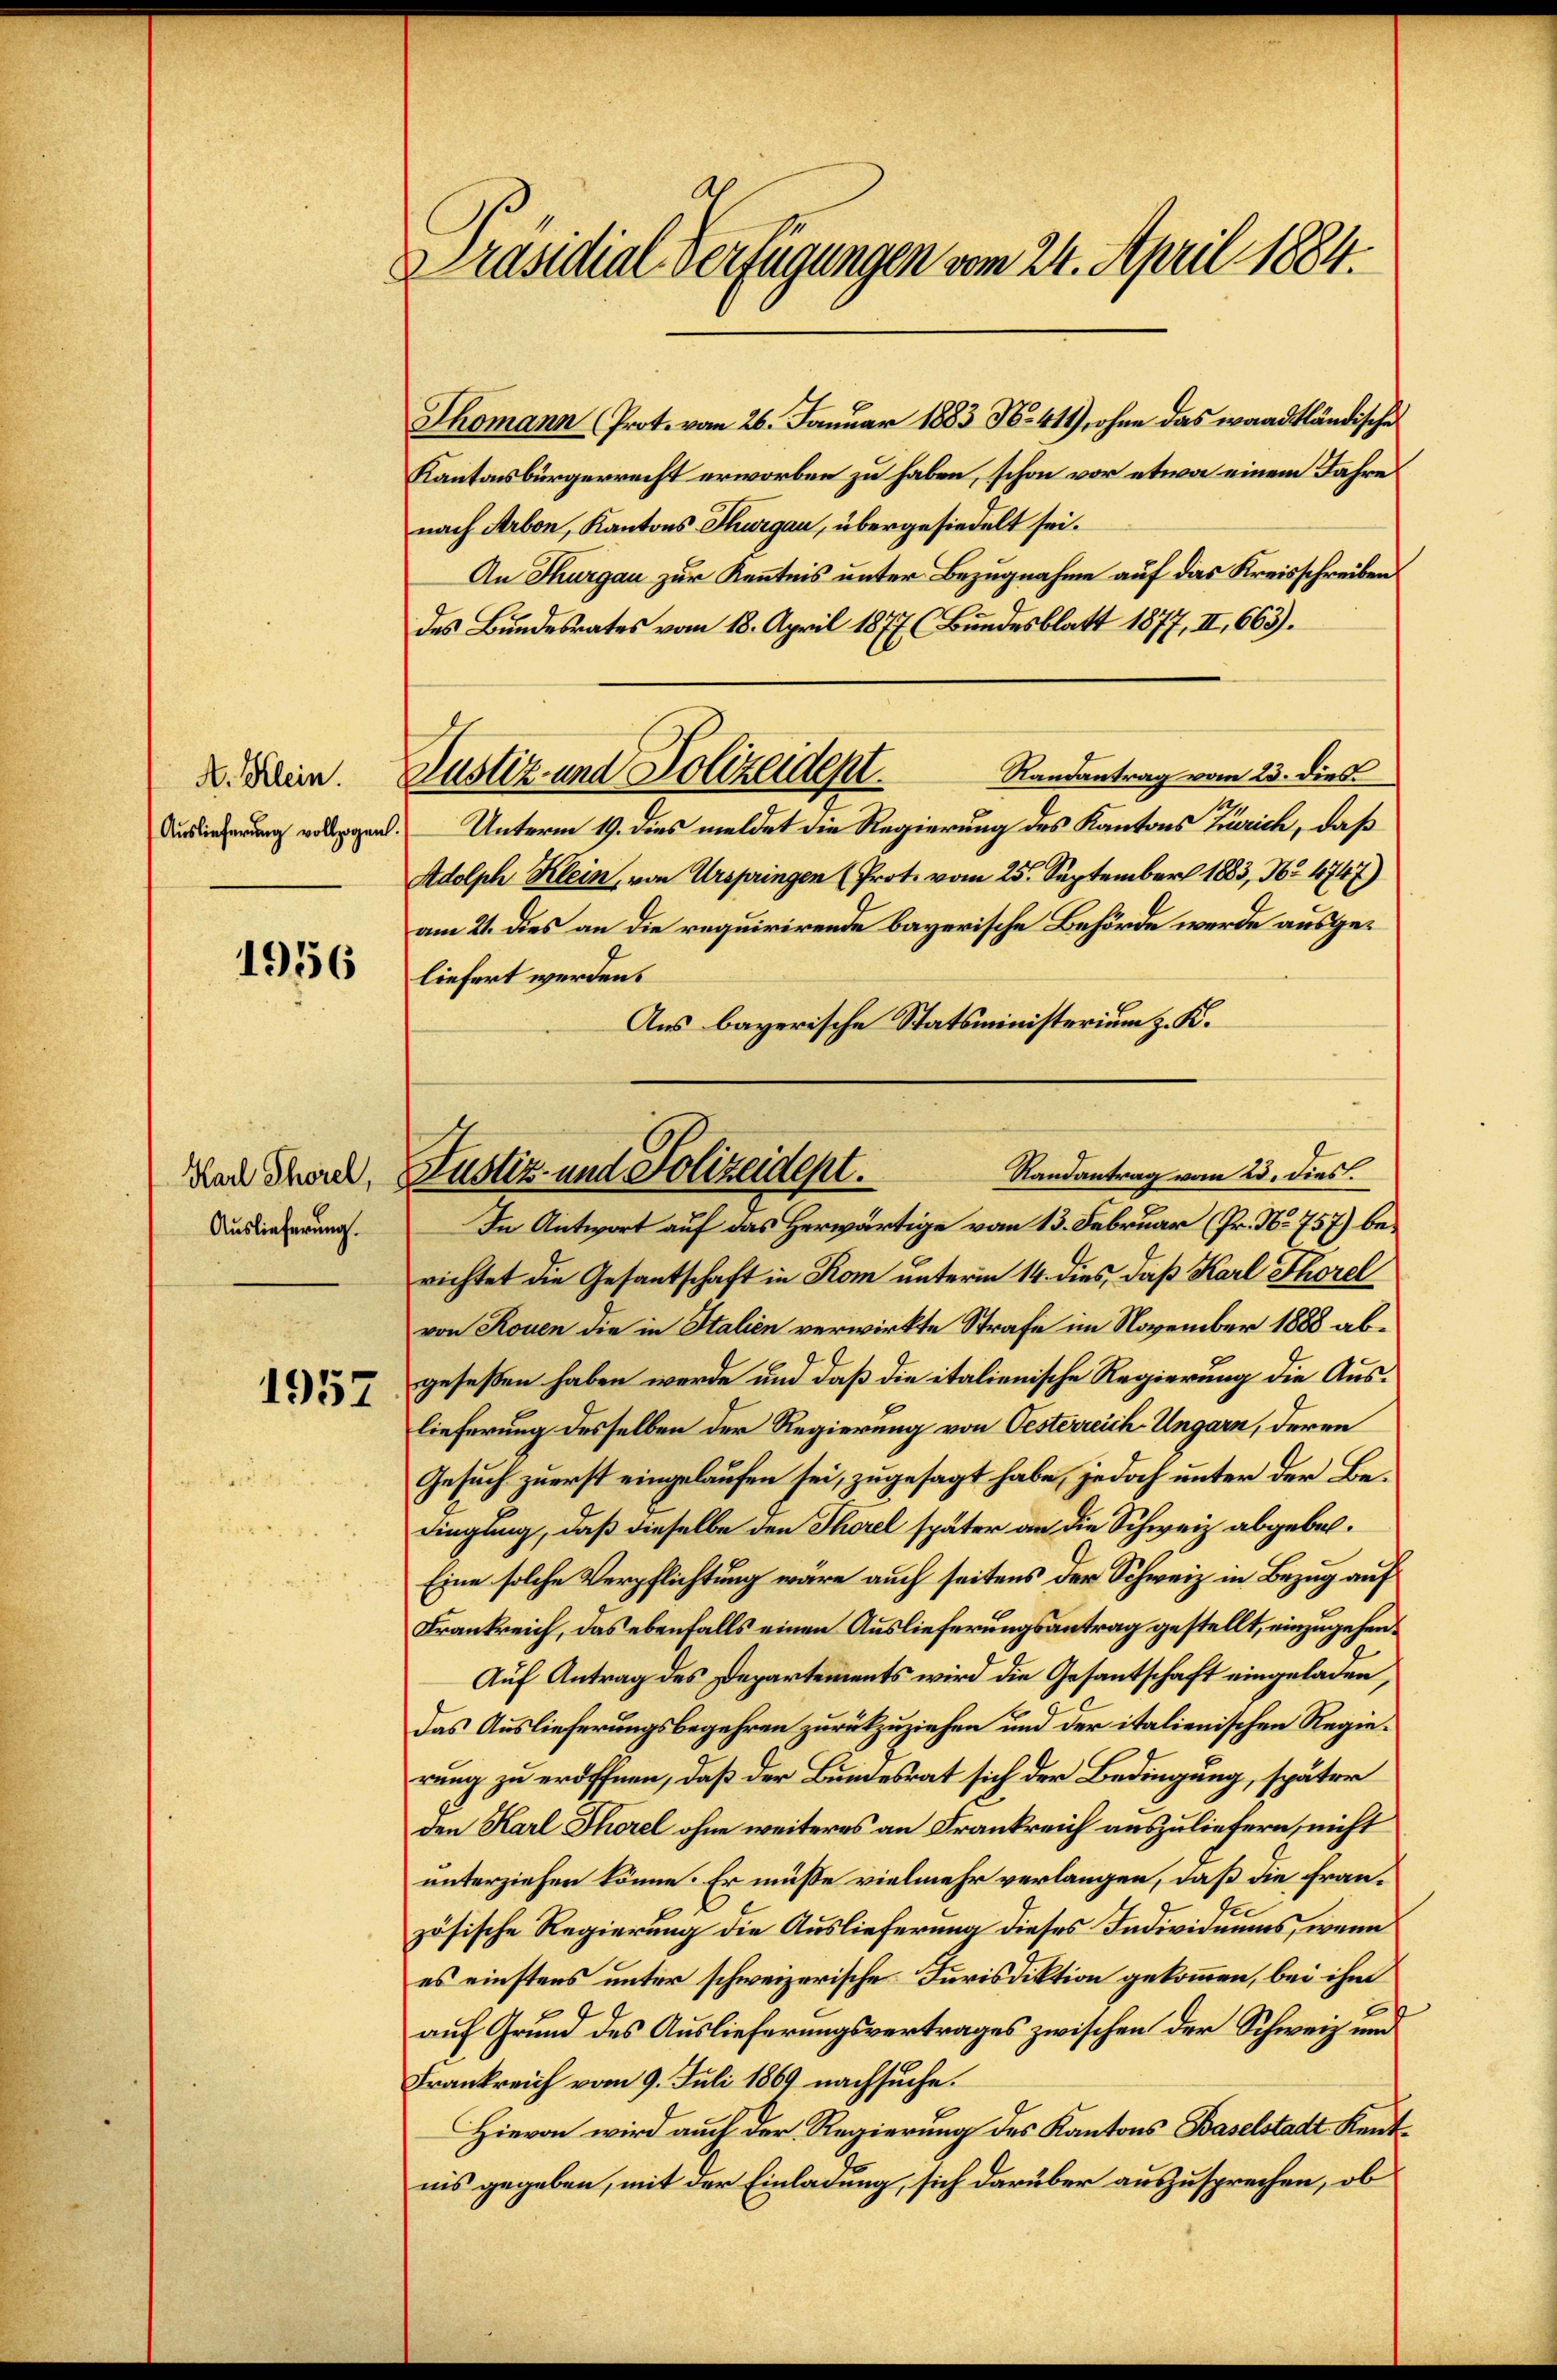
A. Klein.
Auslieferung vollzogen

1956

Karl Thorel,
Auslieferung.

1957

Präsidial-Verfügungen vom 24. April 1884.

Justiz und Polizeidept.

Thomann (Prot. vom 26. Januar 1883 No 419, ohne das waadtländische
Kantonsbürgerrecht erworben zu haben, schon vor etwa einem Jahre
nach Arbon, Kantons Thurgau, übergesiedelt sei.
An Thurgau zur Kenntnis unter Bezugnahme auf das Kreisschreiben
des Bundesrates vom 18. April 1877 (Bundesblatt 1877, II, 663).
Randantrag vom 23. dies
Unterm 19. dies meldet die Regierung des Kantons Zürich, daß
Adolph Klein, von Urspringen (Prot. vom 25. September 1883, No 4747)
am 21. dies an die requirirende bayerische Behörde werde ausgeliefert werden.
Aus bayerische Statsministerium z. K.
In Antwort auf das Herwärtige vom 13. Februar (Pr. No. 757) berichtet die Gesantschaft in Rom unterm 14. dies, daß Karl Thorel
von Rouen die in Italien verwirkte Strafe im November 1888 abgeseßen haben werde und daß die italienische Regierung die Auslieferung desselben der Regierung von Oesterreich Ungarn, deren
Gesuch zuerst eingelaufen sei, zugesagt habe, jedoch unter der Bedingung, daß dieselbe den Thorel später an die Schweiz abgebe¬
Eine solche Verpflichtung wäre auch seitens der Schweiz in Bezug auf
Frankreich, das ebenfalls einen Auslieferungsantrag gestellt, einzugehen¬
Auf Antrag des Departements wird die Gesantschaft eingeladen,
Das Auslieferungsbegehren zurückzuziehen und der italienischen Regierung zu eröffnen, daß der Bundesrat sich der Bedingung, später
den Karl Thorel ohne weiteres an Frankreich auszuliefern, nicht
unterziehen könne. Er müsse vielmehr verlangen, daß die Französische Regierung die Auslieferung dieses Individuums, wenn
es einstens unter schweizerische Jurisdiktion gekommen, bei ihm
auf Grund des Auslieferungsvertrages zwischen der Schweiz und
Frankreich vom 9. Juli 1869 nachsuche.
Hievon wird auch der Regierung des Kantons Baselstadt Kentnis gegeben, mit der Einladung, sich darüber auszusprechen, ob

Randantrag vom 23. dies.
Justiz- und Polizeidept.